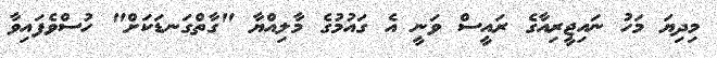
މިދިޔަ މަހު ނައިޖީރިއާގެ ރައީސް ވަނީ އެ ގައުމުގެ މާލިއްޔާ "ގާތްގަނޑަކަށް" ހުސްވެފައިވާ